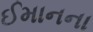
ઈમાનના